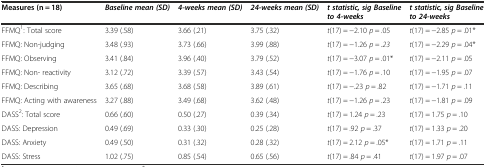
<table><thead><tr><td><b>Measures (n = 18)</b></td><td><b><i>Baseline mean (SD)</i></b></td><td><b><i>4-weeks mean (SD)</i></b></td><td><b><i>24-weeks mean (SD)</i></b></td><td><b><i>t statistic, sig Baseline to 4-weeks</i></b></td><td><b><i>t statistic, sig Baseline to 24-weeks</i></b></td></tr></thead><tbody><tr><td>FFMQ<sup>1</sup>: Total score</td><td>3.39 (.58)</td><td>3.66 (.21)</td><td>3.75 (.32)</td><td><i>t</i>(17) = −2.10 <i>p</i> = .05</td><td><i>t</i>(17) = −2.85 <i>p</i> = .01*</td></tr><tr><td>FFMQ: Non-judging</td><td>3.48 (.93)</td><td>3.73 (.66)</td><td>3.99 (.88)</td><td><i>t</i>(17) = −1.26 <i>p = .23</i></td><td><i>t</i>(17) = −2.29 <i>p</i> = .04*</td></tr><tr><td>FFMQ: Observing</td><td>3.41 (.84)</td><td>3.96 (.40)</td><td>3.79 (.52)</td><td><i>t</i>(17) = −3.07 <i>p</i> = .01*</td><td><i>t</i>(17) = −2.11 <i>p</i> = .05</td></tr><tr><td>FFMQ: Non- reactivity</td><td>3.12 (.72)</td><td>3.39 (.57)</td><td>3.43 (.54)</td><td><i>t</i>(17) = −1.76 <i>p</i> = .10</td><td><i>t</i>(17) = −1.95 <i>p</i> = .07</td></tr><tr><td>FFMQ: Describing</td><td>3.65 (.68)</td><td>3.68 (.58)</td><td>3.89 (.61)</td><td><i>t</i>(17) = −.23 <i>p</i> = .82</td><td><i>t</i>(17) = −1.71 <i>p</i> = .11</td></tr><tr><td>FFMQ: Acting with awareness</td><td>3.27 (.88)</td><td>3.49 (.68)</td><td>3.62 (.48)</td><td><i>t</i>(17) = −1.26 <i>p</i> = .23</td><td><i>t</i>(17) = −1.81 <i>p</i> = .09</td></tr><tr><td>DASS<sup>2</sup>: Total score</td><td>0.66 (.60)</td><td>0.50 (.27)</td><td>0.39 (.34)</td><td><i>t</i>(17) = 1.24 <i>p</i> = .23</td><td><i>t</i>(17) = 1.75 <i>p</i> = .10</td></tr><tr><td>DASS: Depression</td><td>0.49 (.69)</td><td>0.33 (.30)</td><td>0.25 (.28)</td><td><i>t</i>(17) = .92 <i>p</i> = .37</td><td><i>t</i>(17) = 1.33 <i>p</i> = .20</td></tr><tr><td>DASS: Anxiety</td><td>0.49 (.50)</td><td>0.31 (.32)</td><td>0.28 (.32)</td><td><i>t</i>(17) = 2.12 <i>p</i> = .05*</td><td><i>t</i>(17) = 1.71 <i>p</i> = .11</td></tr><tr><td>DASS: Stress</td><td>1.02 (.75)</td><td>0.85 (.54)</td><td>0.65 (.56)</td><td><i>t</i>(17) = .84 <i>p</i> = .41</td><td><i>t</i>(17) = 1.97 <i>p</i> = .07</td></tr></tbody></table>